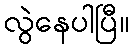
လွဲနေပါပြီ။